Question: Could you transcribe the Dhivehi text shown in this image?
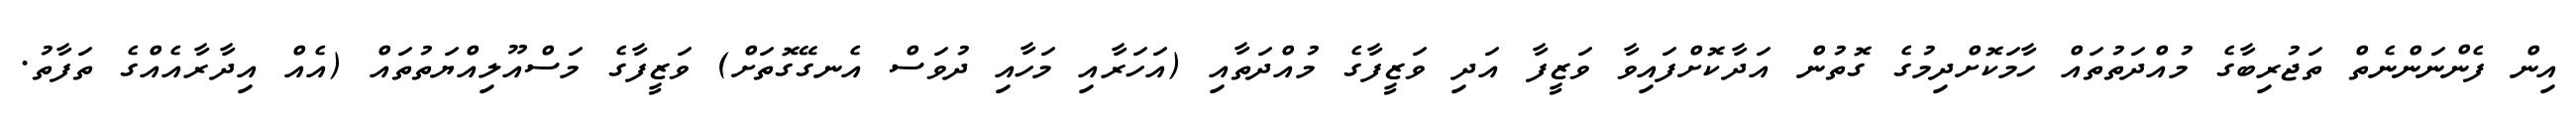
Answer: އިން ފެންނަންނެތް ތަޖުރިބާގެ މުއްދަތުތައް ހާމަކޮށްދިމުގެ ގޮތުން އަދާކޮށްފައިވާ ވަޒީފާ އަދި ވަޒީފާގެ މުއްދަތާއި (އަހަރާއި މަހާއި ދުވަސް އެނގޭގޮތަށް) ވަޒީފާގެ މަސްއޫލިއްޔަތުތައް (އެއް އިދާރާއެއްގެ ތަފާތު.